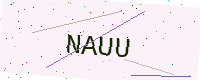
Text: NAUU